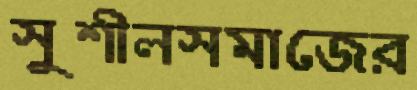
সুশীলসমাজের